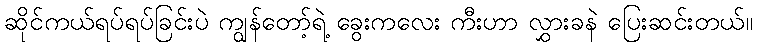
ဆိုင်ကယ်ရပ်ရပ်ခြင်းပဲ ကျွန်တော့်ရဲ့ ခွေးကလေး ကီးဟာ လွှားခနဲ ပြေးဆင်းတယ်။